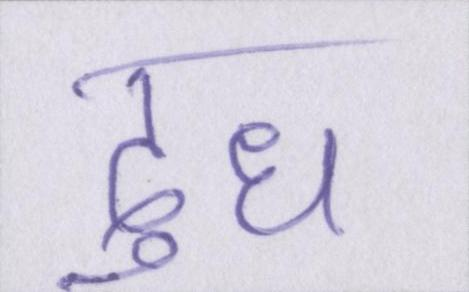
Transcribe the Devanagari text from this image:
दुध